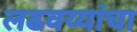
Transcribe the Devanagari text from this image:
लढवय्यांचा